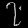
Digit: ၇